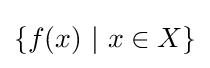
\{f(x)~|~x\in X\}